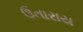
ઉતારાય